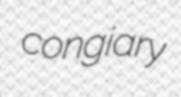
congiary